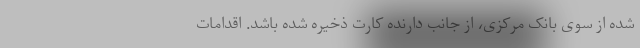
شده از سوی بانک مرکزی، از جانب دارنده کارت ذخیره شده باشد. اقدامات